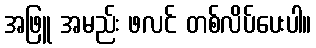
အဖြူ အမည်း ဖလင် တစ်လိပ်ပေးပါ။